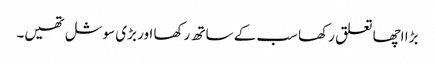
بڑا اچھا تعلق رکھا سب کے ساتھ رکھا اور بڑی سوشل تھیں۔